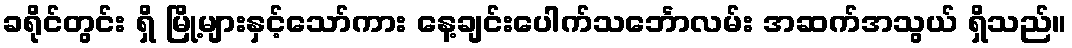
ခရိုင်တွင်း ရှိ မြို့များနှင့်သော်ကား နေ့ချင်းပေါက်သင်္ဘောလမ်း အဆက်အသွယ် ရှိသည်။